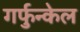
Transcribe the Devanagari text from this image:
गर्फुन्केल